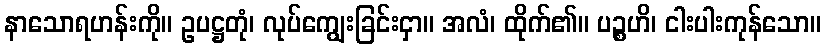
နာသောရဟန်းကို။ ဥပဋ္ဌတုံ၊ လုပ်ကျွေးခြင်းငှာ။ အလံ၊ ထိုက်၏။ ပဉ္စဟိ၊ ငါးပါးကုန်သော။